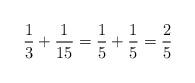
LaTeX: \begin{align*}\frac{1}{3} + \frac{1}{15 } = \frac{1}{5} + \frac{1}{5} = \frac{2}{5} \end{align*}